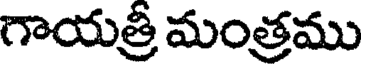
గాయత్రీ మంత్రము